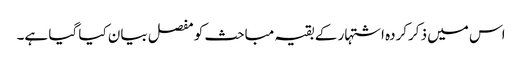
اس میں ذکرکردہ اشتہار کے بقیہ مباحث کو مفصل بیان کیا گیا ہے۔